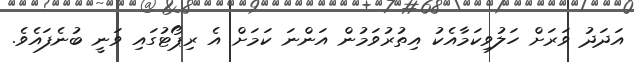
އަދަދު ވަރަށް ހަލުވިކަމާއެކު އިތުރުވަމުން އަންނަ ކަމަށް އެ ރިޕޯޓުގައި ވަނީ ބުނެފައެވެ.